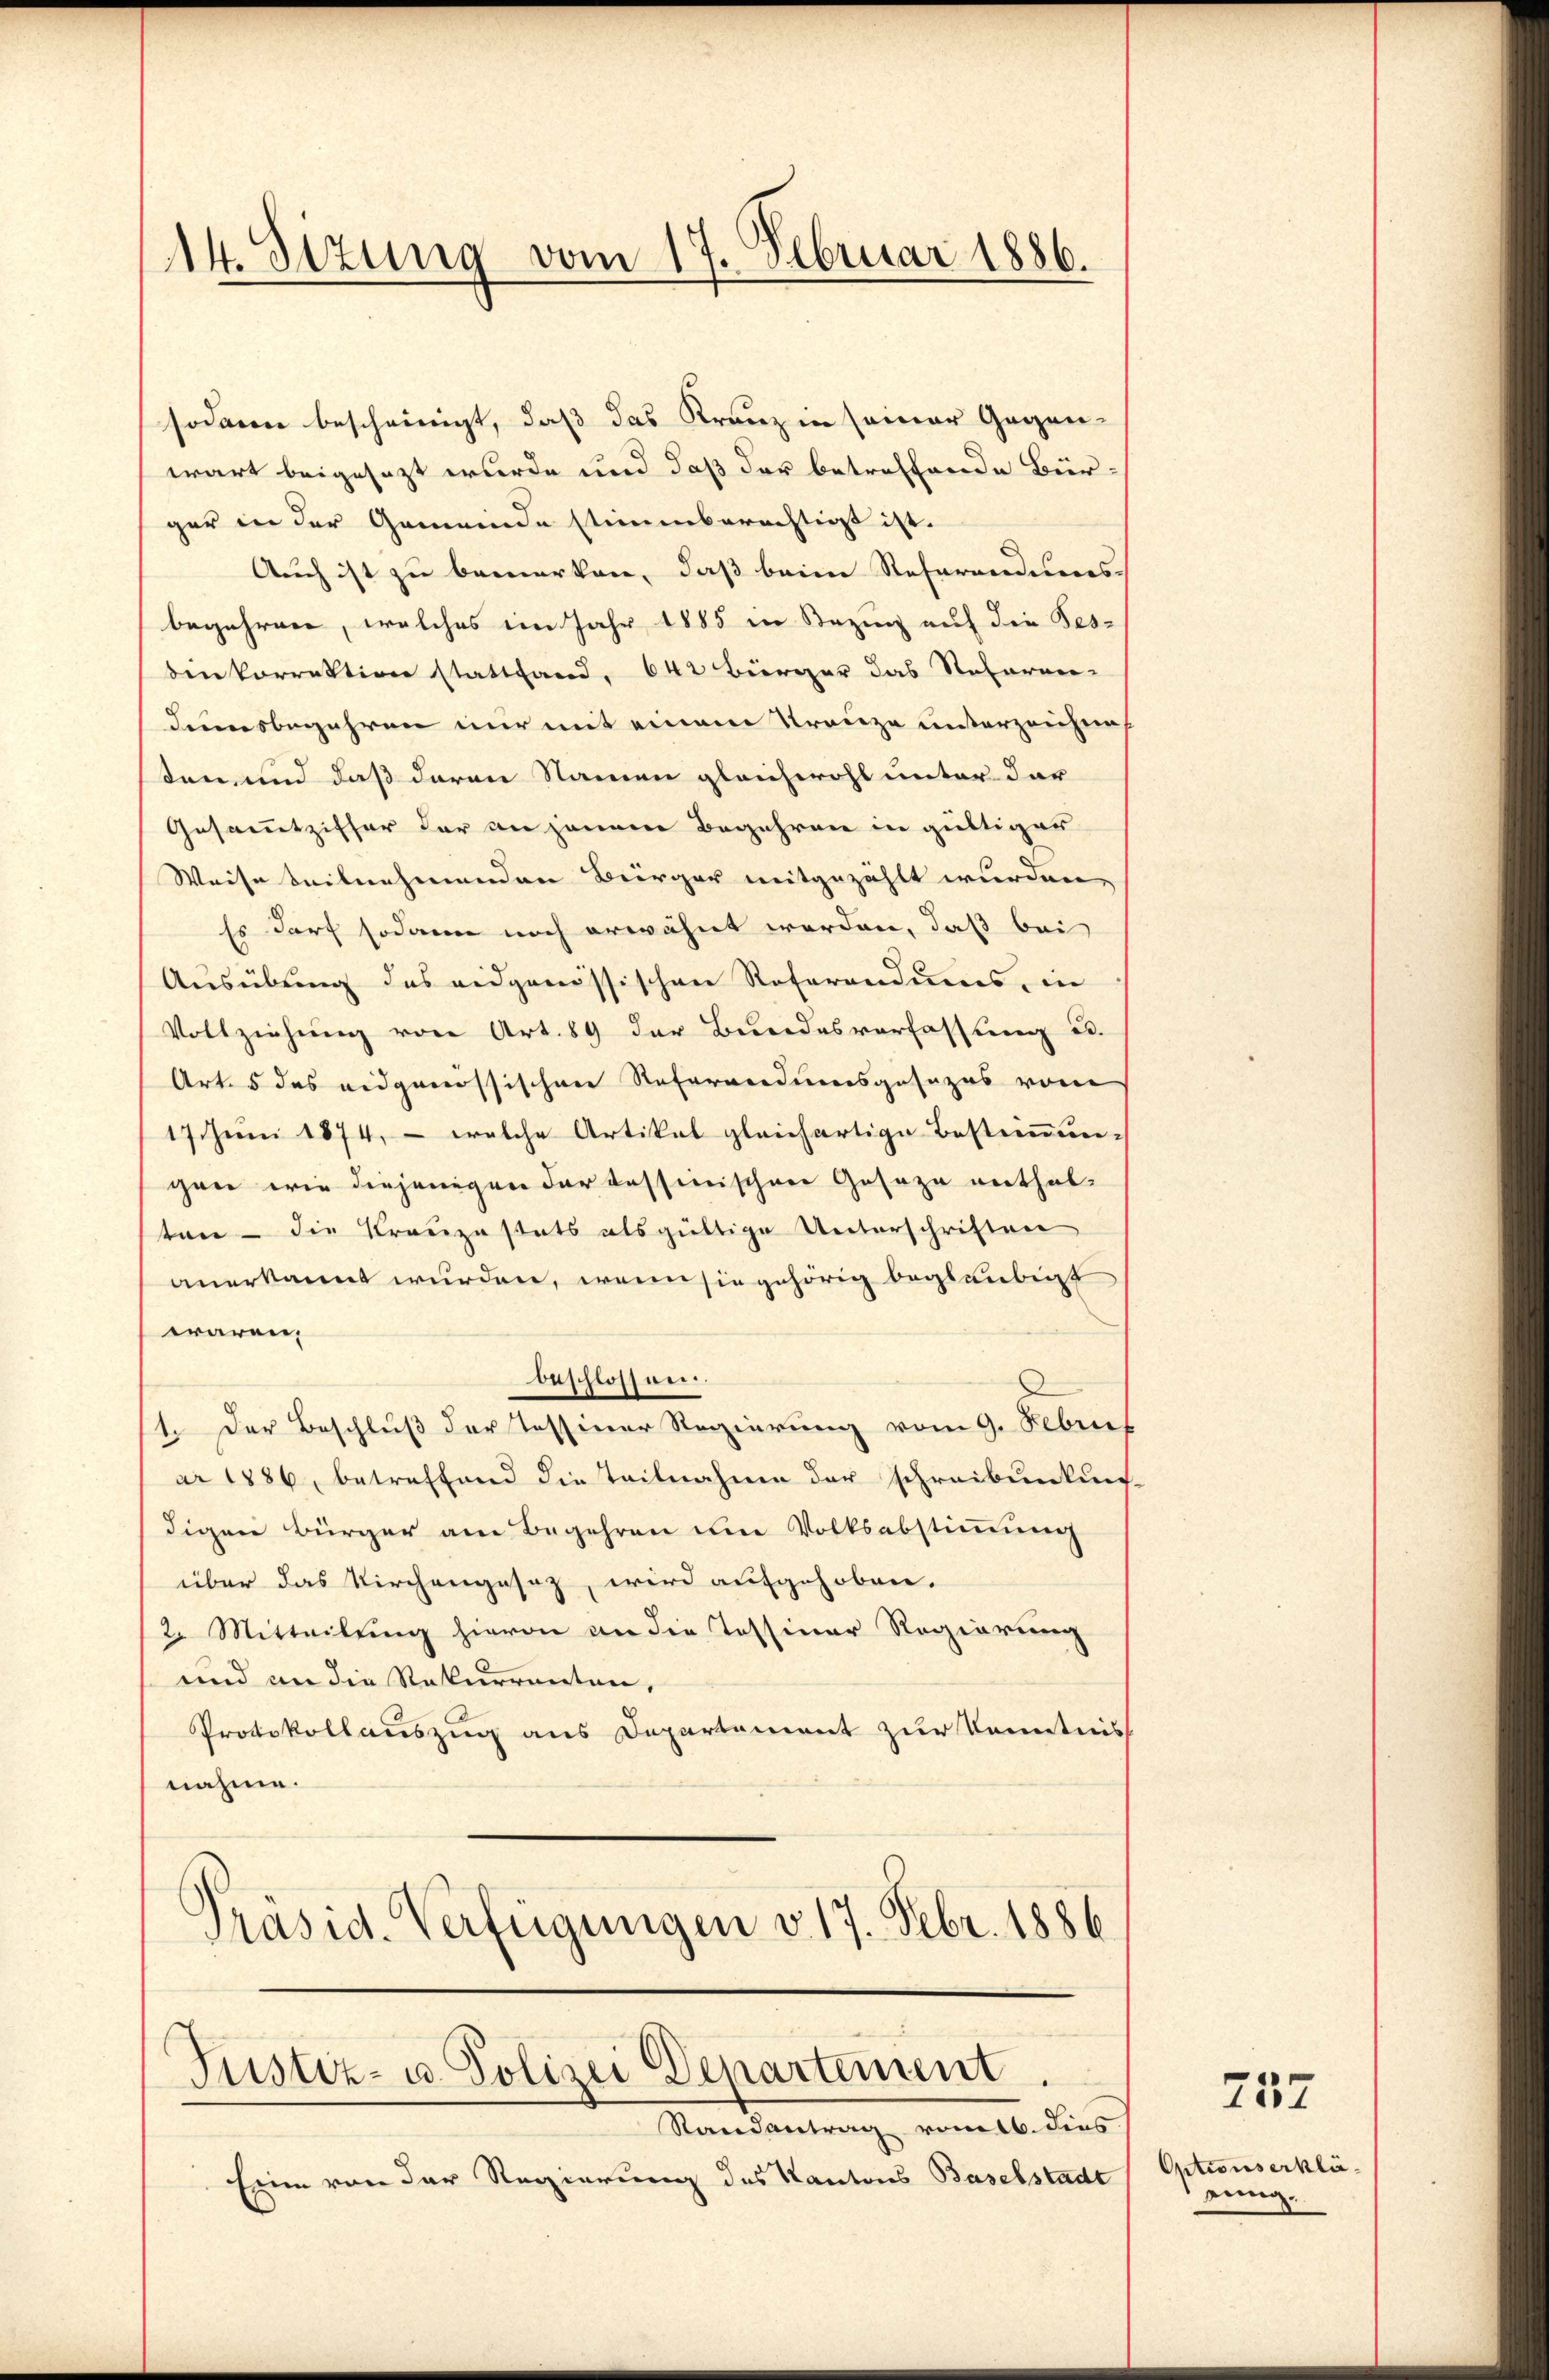
14. Setzung vom 17. Februar 1886.

sodann bescheinigt, daß das Kranz in seiner Gegen-
wart beigesezt wurde und daß der betreffende Bür-
ger in der Gemeinde stimmberechtigt ist.
Auch ist zu bemerken, daß beim Referandums
begehren, welches im Jahr 1885 in Bezing auf die Tes-
binkorrektion stattfand, 642 Bürger das Referen-
dimsbegehren nur mit einem Kreuze unterzeichneten und daß daran Namen gleichwohl unter der
Gesammtziffer der an jenem Begehren in gültiger
Weise teilnehmenden Bürger mitgezahlt wurden,
Es darf sodann noch erwähnt werden, daß bei
Ausübung des eidgenössischen Referandums, in
Vollziehung von Art. 89 der Bundesverfassung u.
Art. 5 des eidgenössischen Referendumsgesezes vom
17. Juni 1874, - welche Artikel gleichartige Bestimmung
gann wie diejenigen der tessinischen Geseze enthaltan - die Krauze stats als gültige Unterschriften
anerkannt wurden, wenn sie gehörig beglaubigt
waren,
beschlossen.
1. Der Beschluß der Tessiner Regierung vom 9. Febrief
ar 1886, betreffend die Teilnahme der schreibunkun
digen Bürger am Begehren um Volksabstimmung
über das Kirchengesaz, wird aufgehoben.
2. Mitteilung hievon an die Tessiner Regierung
und an die Rekurrenten,
Protokollauszug aus Departement zur Kenntnis
nahme.
Präsid. Verfügungen v. 17. Febr. 1886

Justiz- u. Polizei Departement

Randantrag vom 6. dies
Eine von der Regierung des Kantons Baselstadt

Optionserkläeinig.

737